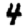
Digit: 4